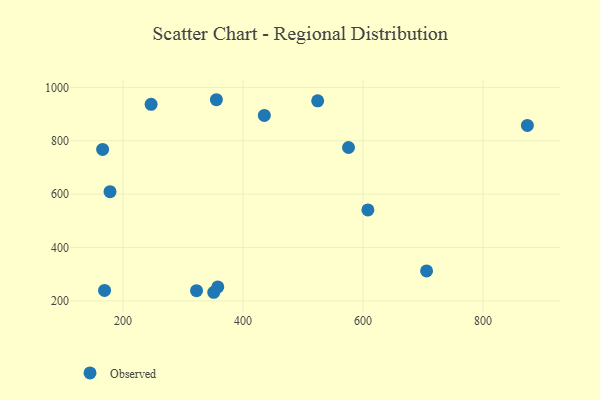
{"axis": {"x": "Investment", "y": "Fuel Efficiency"}, "legend": ["Observed"], "data": [{"x": "166.2", "y": 767.7, "type": "Observed"}, {"x": "358.1", "y": 252.4, "type": "Observed"}, {"x": "247.0", "y": 936.4, "type": "Observed"}, {"x": "576.0", "y": 774.7, "type": "Observed"}, {"x": "355.8", "y": 953.7, "type": "Observed"}, {"x": "351.4", "y": 232.5, "type": "Observed"}, {"x": "169.4", "y": 239.4, "type": "Observed"}, {"x": "608.3", "y": 540.8, "type": "Observed"}, {"x": "874.1", "y": 857.6, "type": "Observed"}, {"x": "524.6", "y": 949.4, "type": "Observed"}, {"x": "706.1", "y": 312.5, "type": "Observed"}, {"x": "322.7", "y": 238.5, "type": "Observed"}, {"x": "178.5", "y": 609.3, "type": "Observed"}, {"x": "435.7", "y": 895.0, "type": "Observed"}]}